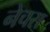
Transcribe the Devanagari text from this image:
नेचरा